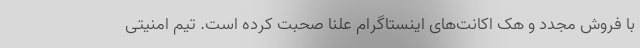
با فروش مجدد و هک اکانت‌های اینستاگرام علنا صحبت کرده است. تیم امنیتی